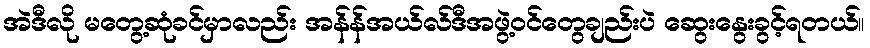
အဲဒီလို မတွေ့ဆုံခင်မှာလည်း အန်န်အယ်လ်ဒီအဖွဲ့ဝင်တွေချည်းပဲ ဆွေးနွေးခွင့်ရတယ်။